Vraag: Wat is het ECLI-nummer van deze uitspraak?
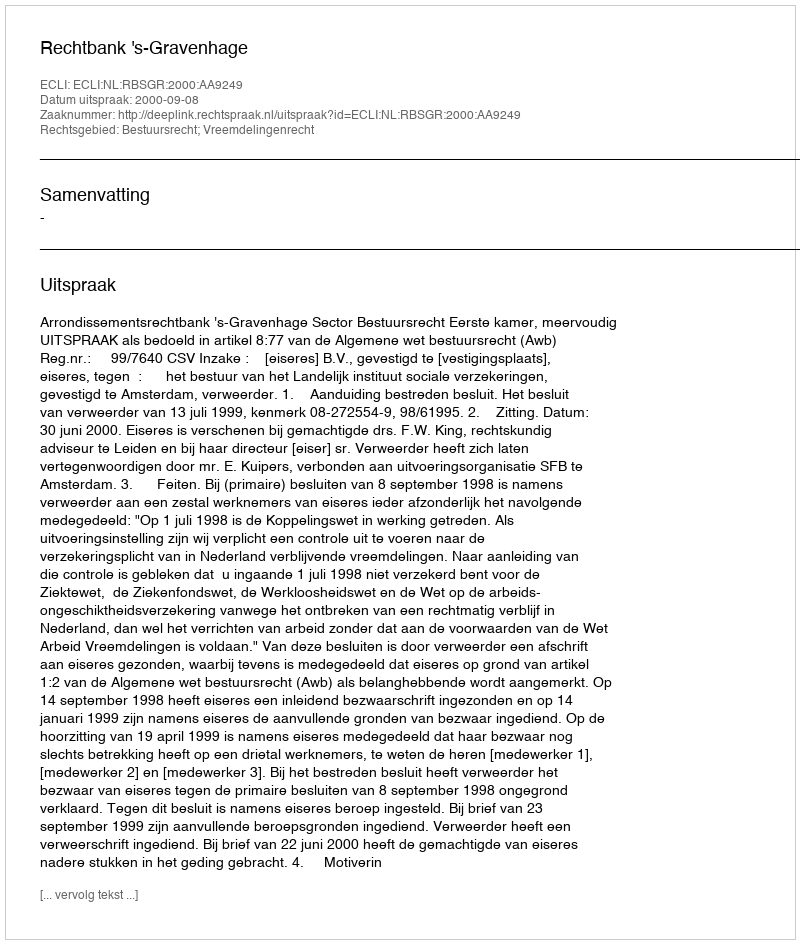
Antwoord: ECLI:NL:RBSGR:2000:AA9249